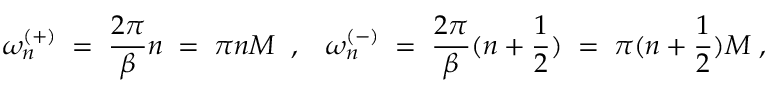
\omega _ { n } ^ { ( + ) } \; = \; \frac { 2 \pi } { \beta } n \; = \; \pi n M \; \; , \; \; \; \omega _ { n } ^ { ( - ) } \; = \; \frac { 2 \pi } { \beta } ( n + \frac { 1 } { 2 } ) \; = \; \pi ( n + \frac { 1 } { 2 } ) M \; ,